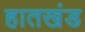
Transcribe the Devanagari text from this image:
हातखंड